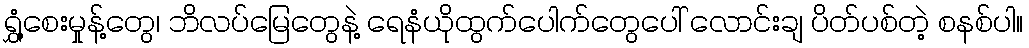
ရွှံ့စေးမှုန့်တွေ၊ ဘိလပ်မြေတွေနဲ့ ရေနံယိုထွက်ပေါက်တွေပေါ် လောင်းချ ပိတ်ပစ်တဲ့ စနစ်ပါ။